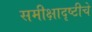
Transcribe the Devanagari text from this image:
समीक्षादृष्टीचे